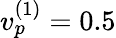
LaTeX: v_{p}^{(1)}=0.5